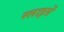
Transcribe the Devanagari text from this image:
स्लाइसें